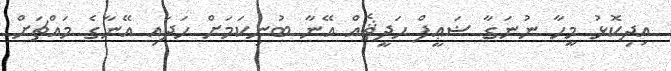
އިދިކޮޅު މީހާ ނުނަގާ ޟަޢީފް ޙަދީޘެއް އޭނާ ބުނިކަމަށް ހަދައި އޭނާގެ މައްޗަށް